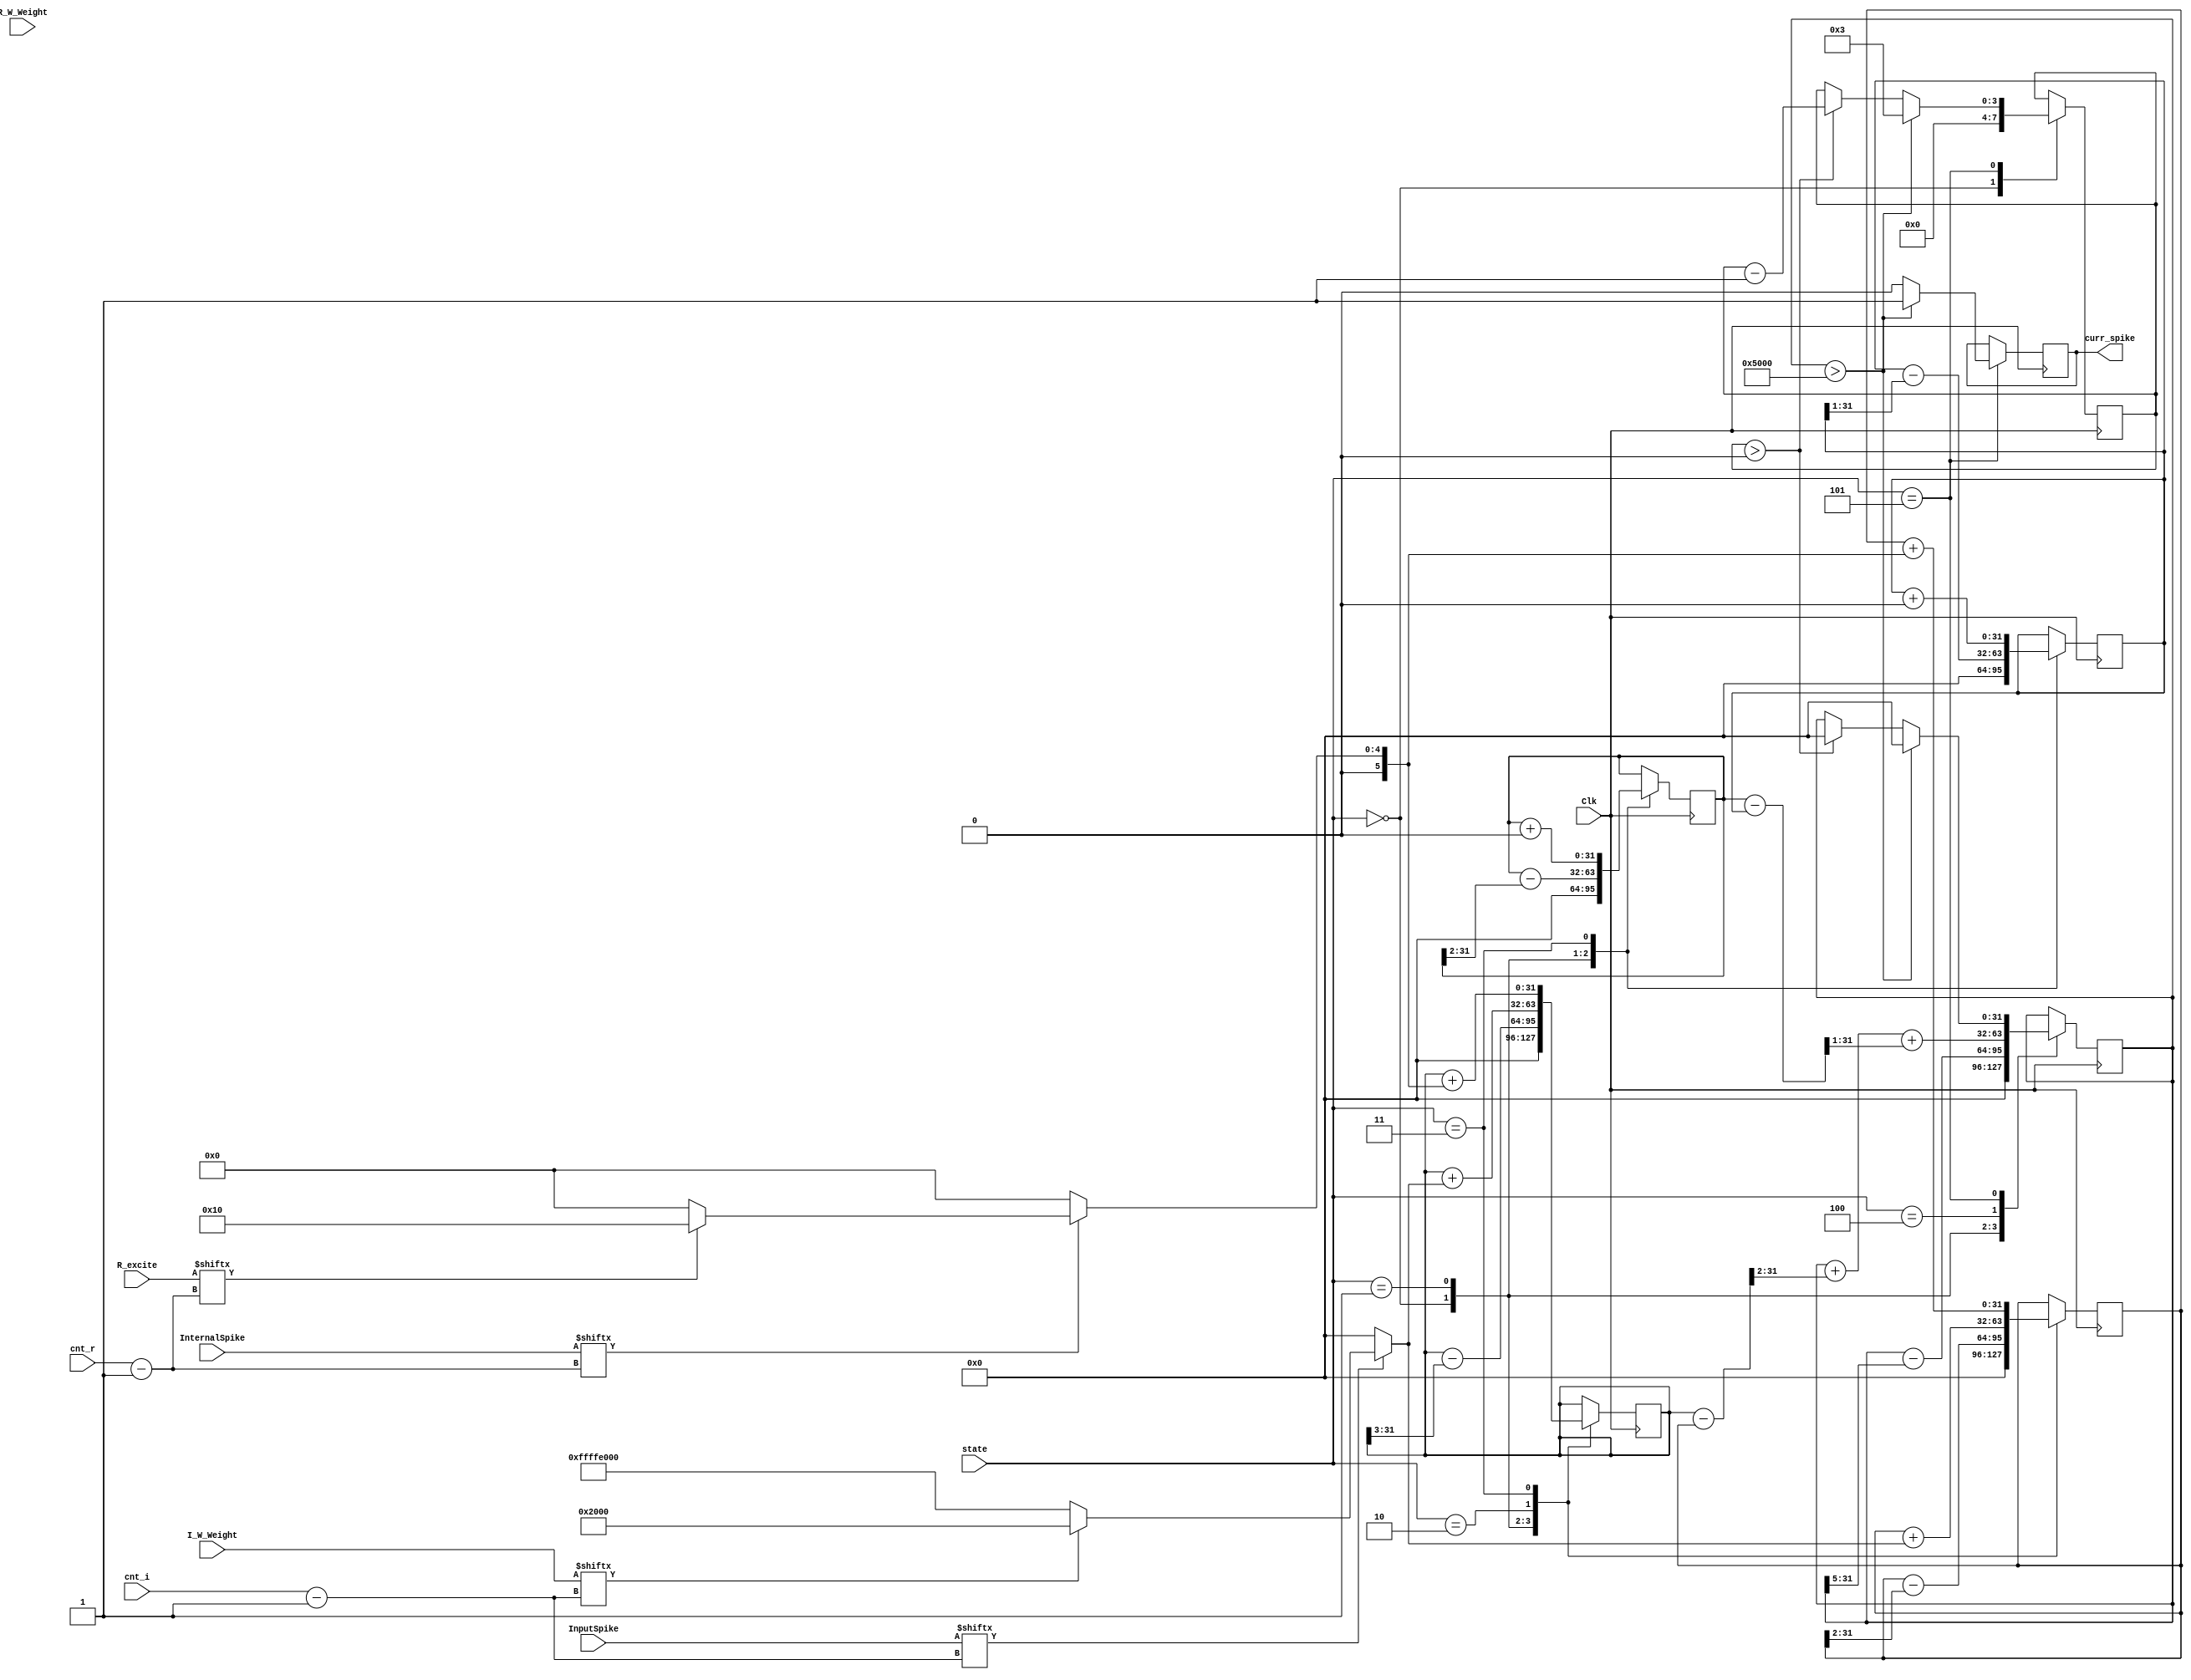
//------------------------------
//  2016  Qian Wang, Yu Liu, Yingyezhe Jin, Peng Li
//Department of Electrical and Computer Engineering
//Texas A&M University

//Contact: 
//Prof. Peng Li
//Department of ECE
//3259 TAMU,  College Station, TX 77843
//pli@tamu.edu   (979) 845-1612          
//--------------------------------

module LiquidNeuron(curr_spike,
		InputSpike,       // The spike bit from one column of the input pattern
		I_W_Weight,       // This is one bit signal, "1" means "1", "0" means "-1"
		InternalSpike,   
		R_excite,
		R_W_Weight,
		Clk,
		state,
		cnt_i, 
		cnt_r
    );

//parameter LSM_T_M=32;
//parameter LSM_T_REFRAC=2;		 // set refractory period to be 3 clk cycles
//parameter Vth=20;					 // membrane voltage threshold for firing
//parameter Vrest=0;
//parameter Tau_EP=4;
//parameter Tau_IP=4;
//parameter Tau_EN=8;
//parameter Tau_IN=2;

input Clk;
input [5:0] cnt_i, cnt_r;
input [2:0] state;
input [8:1] InputSpike, I_W_Weight;
input [16:1] InternalSpike, R_excite, R_W_Weight;
output curr_spike;
reg curr_spike;
reg signed[31:0] Vmem;
reg signed[31:0] EP, IP, EN, IN;  // state variables of second response 
reg [3:0] lsm_ref;

always @(posedge Clk)
	case(state)
	3'b000: 
	   begin
		  Vmem <= 0;
		  EP <= 0;
		  IP <= 0;
		  EN <= 0;
		  IN <= 0;
		  lsm_ref <= 0;
		end
   3'b001:					// leakage of membrane voltage as well as state variables
      begin
  //      curr_spike <= 0;
        Vmem <= Vmem-(Vmem>>>5);    
        EP <= EP-(EP>>>2);            
        EN <= EN-(EN>>>3);            
        IP <= IP-(IP>>>2);            
        IN <= IN-(IN>>>1);           
      end
   3'b010:
        begin
	 	    EP <= EP + (InputSpike[cnt_i]? (I_W_Weight[cnt_i]?8192:(-8192)):0);
	 	    EN <= EN + (InputSpike[cnt_i]? (I_W_Weight[cnt_i]?8192:(-8192)):0);   
	   end      

	3'b011:
		begin
			EP <= EP +  (InternalSpike[cnt_r]?(R_excite[cnt_r]?16:(0)):0);
			EN <= EN +  (InternalSpike[cnt_r]?(R_excite[cnt_r]?16:(0)):0); 					
				
			IP <= IP +  (InternalSpike[cnt_r]?(R_excite[cnt_r]?(0):(-0)):0); 
			IN <= IN +  (InternalSpike[cnt_r]?(R_excite[cnt_r]?(0):(-0)):0); 
		end
	3'b100:
		begin
			Vmem <= Vmem + ((EN-EP)>>>2) + ((IP-IN)>>>1);
			//$display("Vmem=%d, EN=%d, EP=%d, IP=%d, IN=%d", Vmem, EN, EP, IP, IN);		
		end
	3'b101:
		begin
			if(lsm_ref>0)				// refractory period
				begin
					lsm_ref <= lsm_ref-1;
					Vmem <= 0;
				end
			if(Vmem>20480)
			   begin
					curr_spike <=1;
					Vmem <= 0;
					lsm_ref <= 3;
				end
		  else
		      curr_spike <=0;
		end
   endcase 
  //always @(Vmem or lsm_ref)
   //  $monitor("Vmem=%d, lsm_ref=%d", Vmem, lsm_ref);
    
endmodule